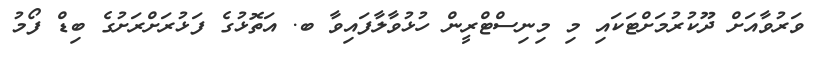
ވަރުވާއަށް ދޫކުރުމަށްޓަކައި މި މިނިސްޓްރީން ހުޅުވާލާފައިވާ ބ. އަތޮޅުގެ ފަޅުރަށްރަށުގެ ބިޑް ފޯމު